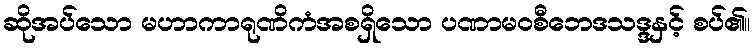
ဆိုအပ်သော မဟာကာရုဏိကံအစရှိသော ပဏာမဝစီဘေဒသဒ္ဒနှင့် စပ်၏။